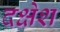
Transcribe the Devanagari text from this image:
दक्षेश